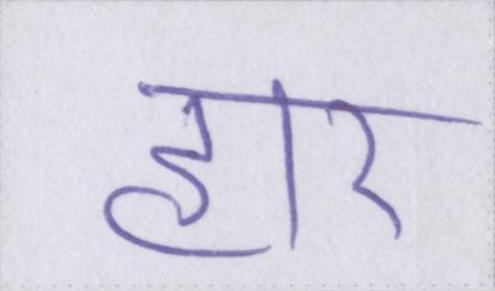
हार